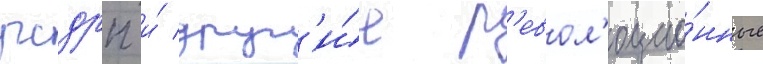
рсдрп и́ друг'и́е р'евол'юцио́нные